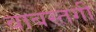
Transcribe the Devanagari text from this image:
वाबस्तगी